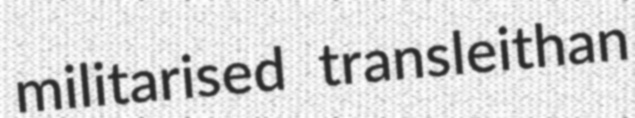
militarised transleithan